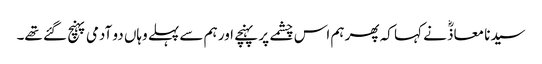
سیدنا معاذؓ نے کہا کہ پھر ہم اس چشمے پر پہنچے اور ہم سے پہلے وہاں دو آدمی پہنچ گئے تھے۔